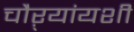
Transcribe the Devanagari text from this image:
चौऱ्यांयशीं